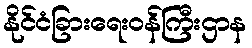
နိုင်ငံခြားရေးဝန်ကြီးဌာန